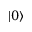
| 0 \rangle